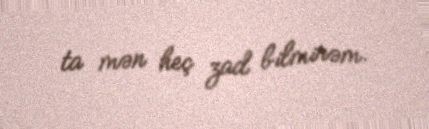
ta mən heç zad bilmirəm.